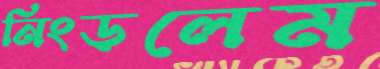
নিংড়লেম